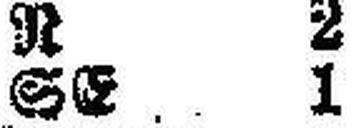
SE 1